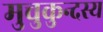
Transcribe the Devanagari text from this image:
मुचुकुन्दस्य